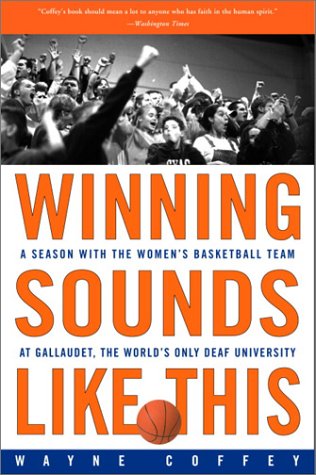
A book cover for Winning Sounds Like This: A Season with the Women's Basketball Team at Gallaudet, the World's Only University for the Deaf; Wayne Coffey; Sports & Outdoors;